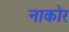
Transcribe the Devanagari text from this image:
नाकोर